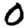
Digit: 0